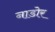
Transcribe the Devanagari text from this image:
नाडोर